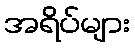
အရိပ်များ